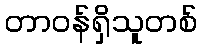
တာဝန်ရှိသူတစ်